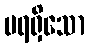
မရရှိသော